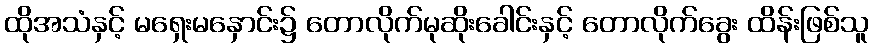
ထိုအသံနှင့် မရှေးမနှောင်း၌ တောလိုက်မုဆိုးခေါင်းနှင့် တောလိုက်ခွေး ထိန်းဖြစ်သူ